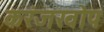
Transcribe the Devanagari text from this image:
करंजखोप